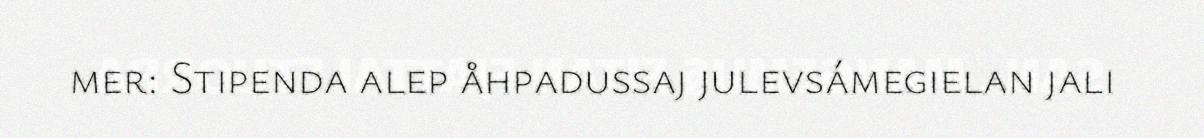
mer: Stipenda alep åhpadussaj julevsámegielan jali